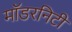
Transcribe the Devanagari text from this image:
मॉडरनिटी